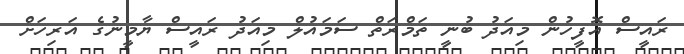
ރައީސް އޮފީހުން މިއަދު ބުނީ ތަމްރަތް ސަމައުލް މިއަދު ރައީސް ޔާމީނުގެ އަރިހަށް